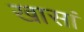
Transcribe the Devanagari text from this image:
खासां